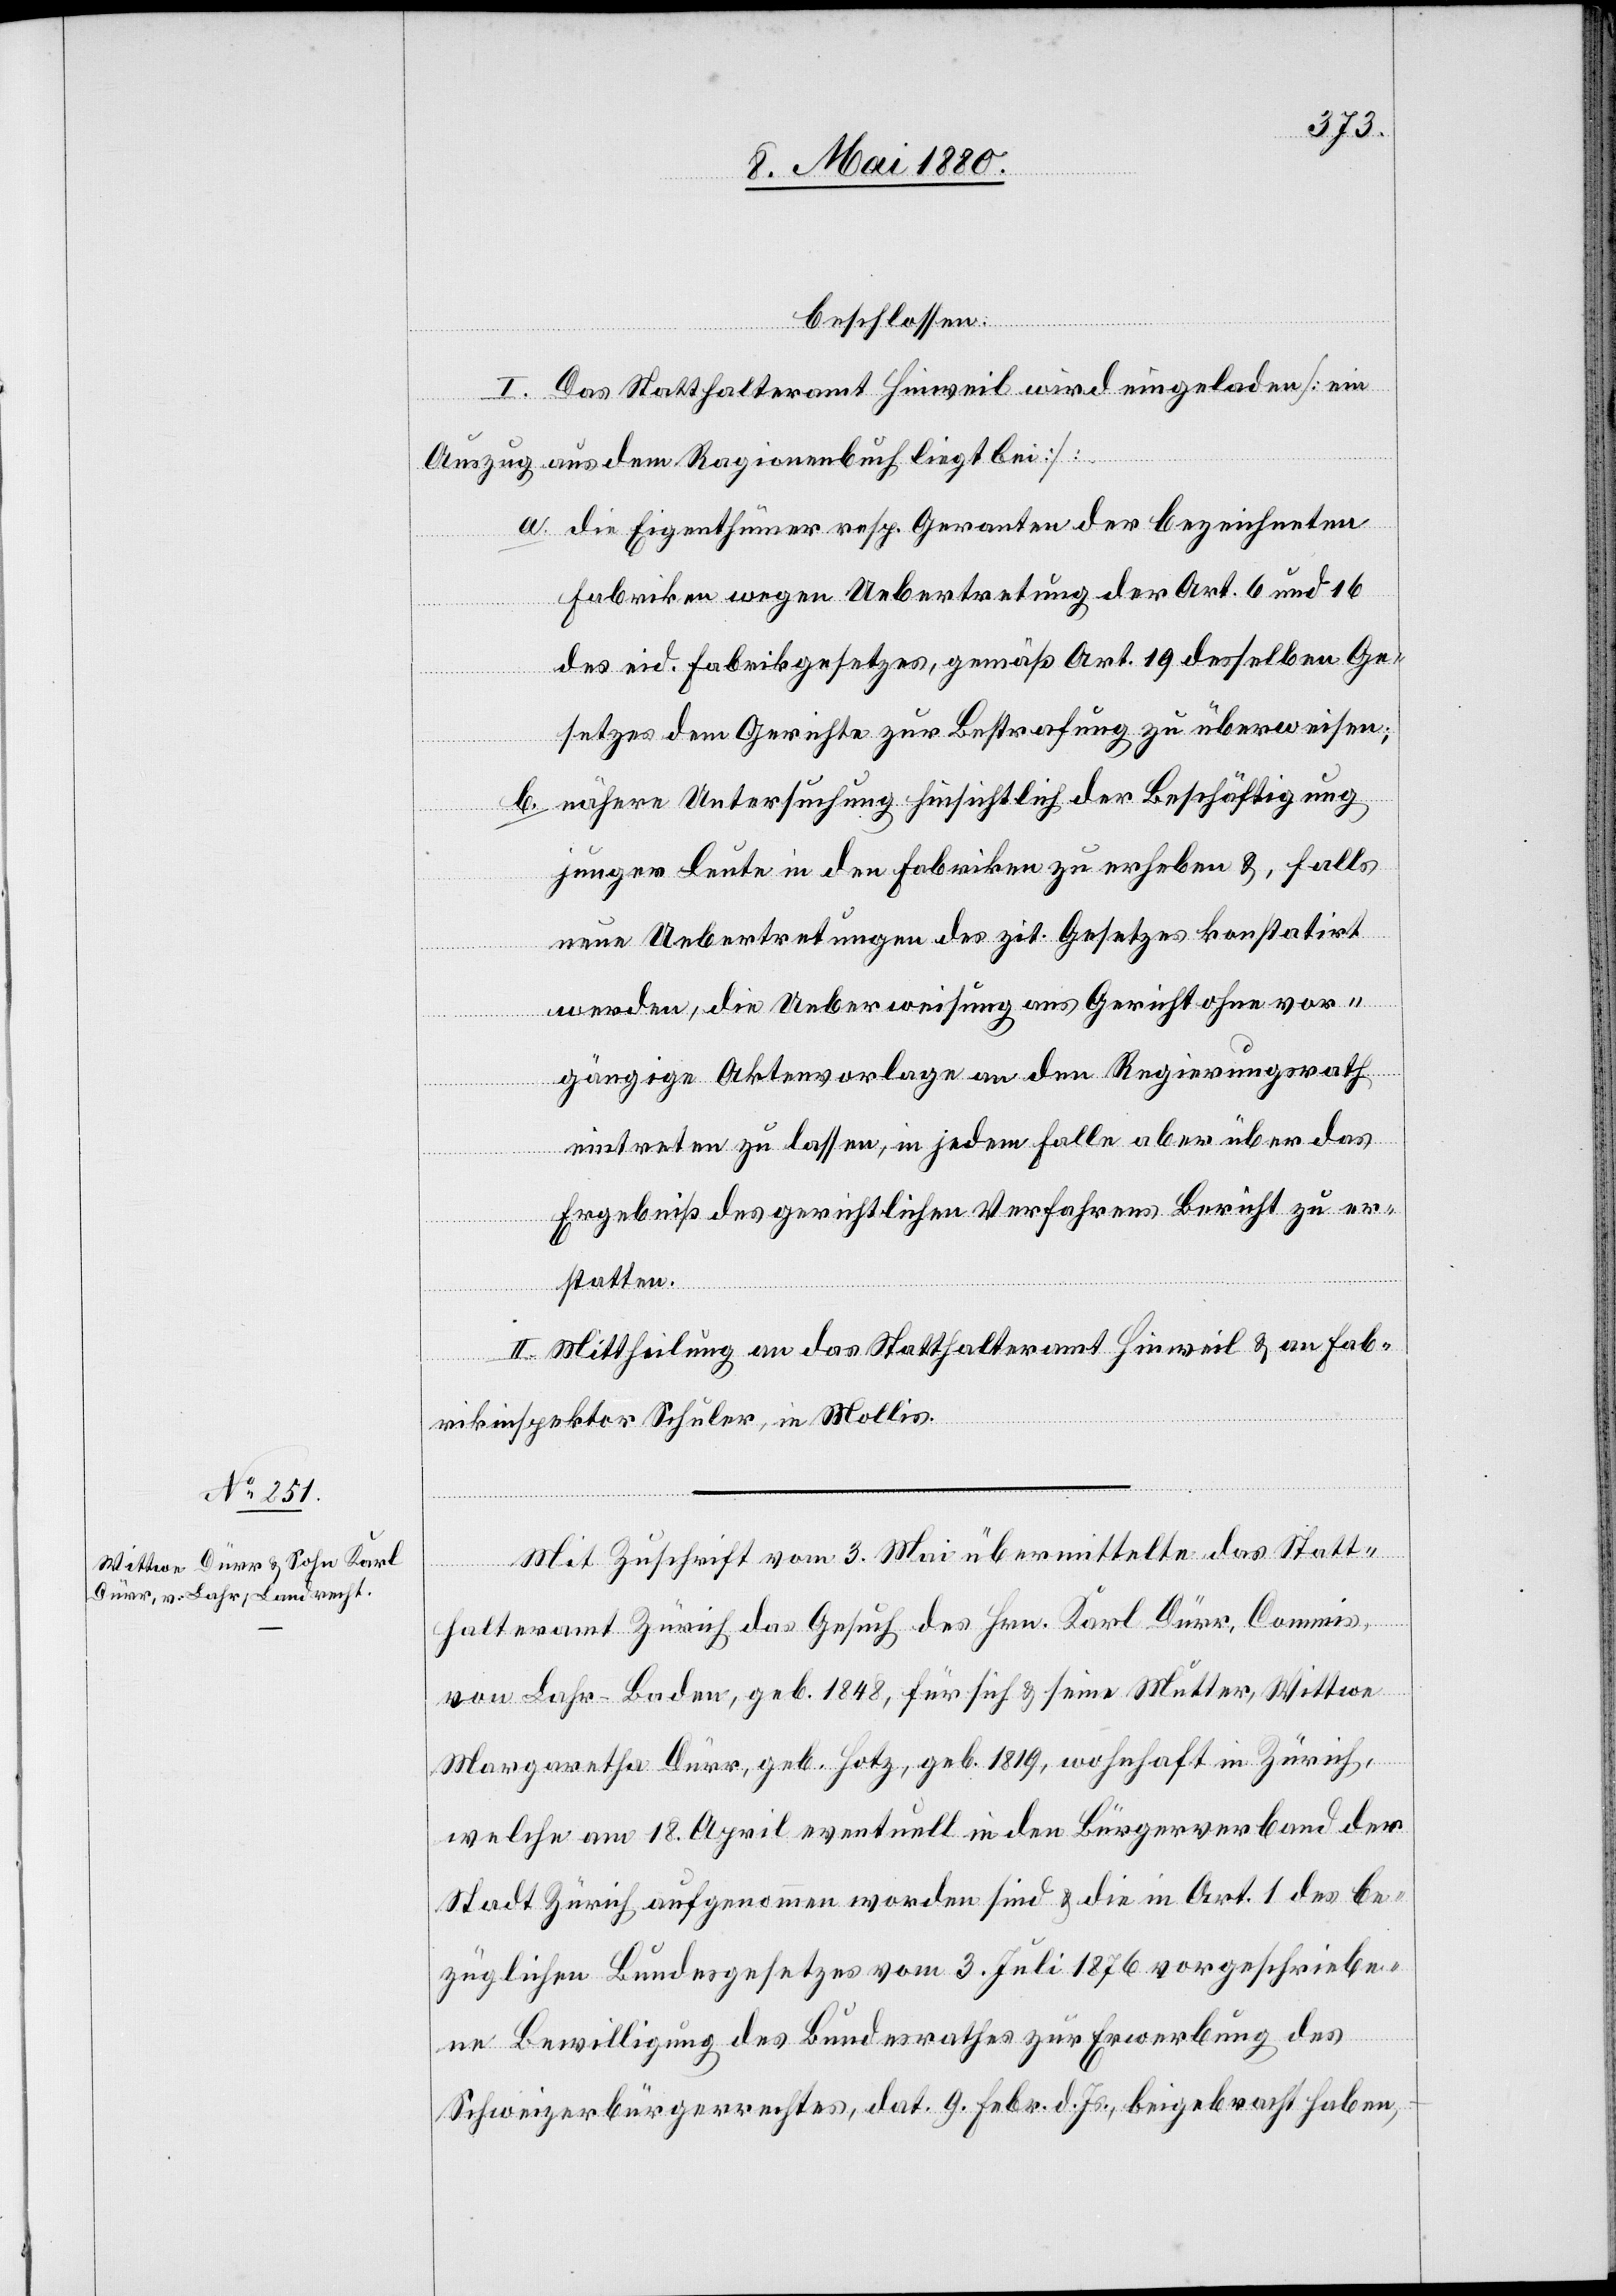
beschlossen:
I. Das Statthalteramt Hinweil wird eingeladen [ein
Auszug aus dem Ragionenbuch liegt bei]:
a. die Eigenthümer resp. Garanten der bezeichneten
Fabriken wegen Uebertretung der Art. 6 und 16
des eid. Fabrikgesetzes, gemäß Art. 19 desselben Ge¬
setzes dem Gerichte zur Bestrafung zu überweisen;
b. nähere Untersuchung hinsichtlich der Beschäftigung
junger Leute in den Fabriken zu erheben &, falls
neue Uebertretungen des zit. Gesetzes konstatirt
werden, die Ueberweisung ans Gericht ohne vor¬
gängige Aktenvorlage an den Regierungsrath
eintreten zu lassen, in jedem Falle aber über das
Ergebniß des gerichtlichen Verfahrens Bericht zu er¬
statten.
II. Mittheilung an das Statthalteramt Hinweil & an Fab¬
rikinspektor Schuler, in Mollis.
Mit Zuschrift vom 3. Mai übermittelte das Statt¬
halteramt Zürich das Gesuch des Hrn. Karl Dürr, Commis,
von Lahr - Baden, geb. 1848, für sich & seine Mutter, Wittwe
Margaretha Dürr, geb. Hotz, geb. 1819, wohnhaft in Zürich,
welche am 18. April eventuell in den Bürgerverband der
Stadt Zürich aufgenommen worden sind & die in Art. 1 des be¬
züglichen Bundesgesetzes vom 3. Juli 1876 vorgeschriebe¬
ne Bewilligung des Bundesrathes zur Erwerbung des
Schweizerbürgerrechtes, dat. 9. Febr. d. Js., beigebracht haben,